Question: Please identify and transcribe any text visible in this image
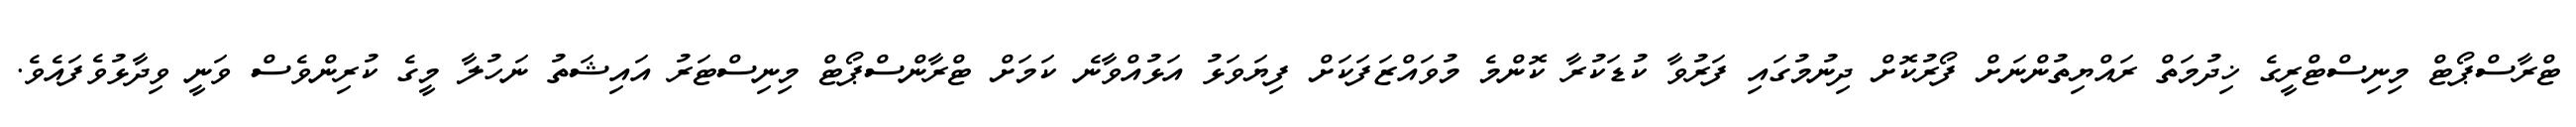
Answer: ޓްރާސްޕޯޓް މިނިސްޓްރީގެ ޚިދުމަތް ރައްޔިތުންނަށް ފޯރުކޮށް ދިނުމުގައި ފަރުވާ ކުޑަކުރާ ކޮންމެ މުވައްޒަފަކަށް ފިޔަވަޅު އަޅުއްވާނެ ކަމަށް ޓްރާންސްޕޯޓް މިނިސްޓަރު އައިޝަތު ނަހުލާ މީގެ ކުރިންވެސް ވަނީ ވިދާޅުވެފައެވެ.